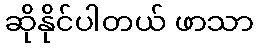
ဆိုနိုင်ပါတယ် ဖာသာ